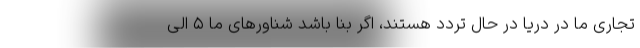
تجاری ما در دریا در حال تردد هستند، اگر بنا باشد شناورهای ما ۵ الی